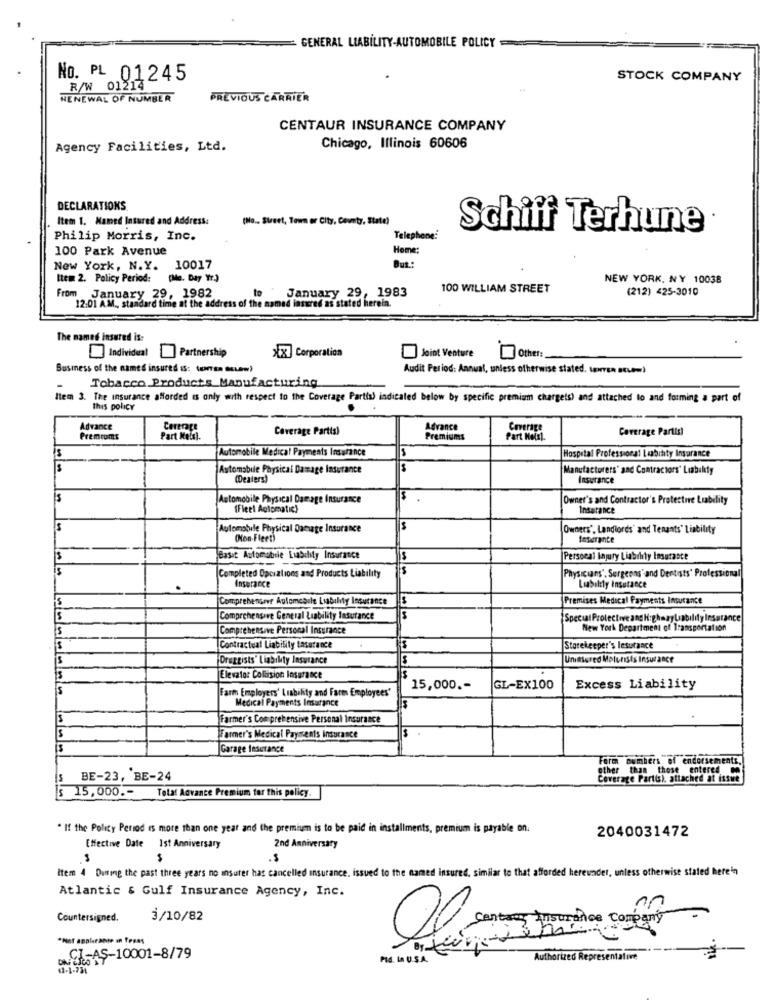
GENERAL LIABILITY-AUTOMOBILE POLICY
No. PL 01245
STOCK COMPANY
R/W 01214
NENEWAL OF NUMBER
PREVIOUS CARRIER
CENTAUR INSURANCE COMPANY
Agency Facilities, Ltd.
Chicago, Illinois 60606
DECLARATIONS
Item 1. Named Insured and Address:
(No .. Steel, Town or City, County, State)
Schiff Terhune
Philip Morris, Inc.
Telephone:
100 Park Avenue
Home:
New York, N.Y. 10017
Item 2. Policy Period: (Mo. Day Yr.)
NEW YORK, NY 10038
100 WILLIAM STREET
(212) 425-3010
From January 29, 1982
to January 29, 1983
12:01 AM ., standard time at the address of the named insured as stated herein.
The named insured is:
Other:
Individual Partnership
>{x] Corporation
Joint Venture
Business of the named insured Is: torta sunw)
Audit Period: Annual, unless otherwise stated. torren scumm)
Tobacco Products Manufacturing
Item 3. The insurance afforded is only with respect to the Coverage Partia) indicated below by specific premium chargets) and attached to and forming a part of
this policy
Advance
Cererage
Coverage Partis)
Advance
Coverage
Coverage Partisi
Premiums
Part Kelsi.
Premiums
Part Moisi.
Automobile Medical Payments Insurance
Hospital Professional Lubihty Insurance
Automobile Physical Damage Insurance
Manufacturers' and Contractors' Liability
(Dealers)
Insurance
Automobile Physical Damage Insurance
Owner's and Contractor's Protective Liability
(Fleet Automatic)
Insurance
Automatule Physical Damage Insurance
(Owners', Landlords" and Tenants" Liability
(Non-Fleet)
Inperante
Basat Automobile Liability Insurance
Personal Injury Liability Insurance
Completed Opciations and Products Liability
Physicians'. Sergenns' and Dentists" Professional
Insurance
Liability Insurance
Comprehensive Aulomesale Liability Insurance
Premises Medical Payments Insurance
Comprehensive General Liability Insurance
--
SpecialProtective ang HighwayLiability Insurance
Comprehensive Personal Insurance
New York Department of Transportation
Contractual Liability Lasurance
Storekeeper's lesurance
Druggists" Liability Insurance
Uninsured Melunists Insurance
Elevator Colision Insurance
5
Farm Employers' Liability and Farm Employees'
15,000 .-
GL-EX100
Excess Liability
Medical Payments Insurance
S
Farmer's Comprehensive Personal Insurance
Farmer's Medical Payments Insurance
Garage Insurance
Fore numbers of endorsements,
other
r than those entered
BE-23, BE-24
Coverage Partis), attached at issue
$ 15,000 .-
Total Advance Premium tar this policy.
. If the Policy Period is more than one year and the premium is to be paid in installments, premium is payable on.
2040031472
Effective Date 1st Anniversary
2nd Anniversary
$
$
item 4 During the past three years no ansurer has cancelled insurance, issued to the named insured, similar to that afforded hereunder, unless otherwise stated herein
Atlantic & Gulf Insurance Agency, Inc.
Countersigned.
3/10/82
.Net applerante in texas
CT-AŞ-10001-8/79
Pl. I USA
Authorized Representative